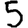
Digit: 5